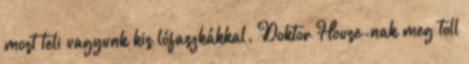
most teli vagyunk kis lófaszkákkal. Doktor House-nak meg toll